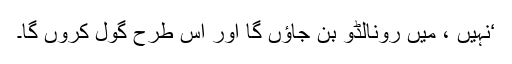
‘نہیں ، میں رونالڈو بن جاؤں گا اور اس طرح گول کروں گا۔